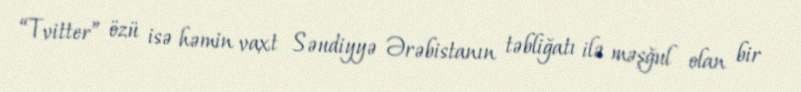
“Tvitter” özü isə həmin vaxt Səudiyyə Ərəbistanın təbliğatı ilə məşğul olan bir